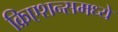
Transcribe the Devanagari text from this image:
क्रिएशन्समध्ये